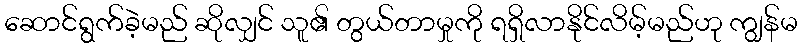
ဆောင်ရွက်ခဲ့မည် ဆိုလျှင် သူ၏ တွယ်တာမှုကို ရရှိလာနိုင်လိမ့်မည်ဟု ကျွန်မ